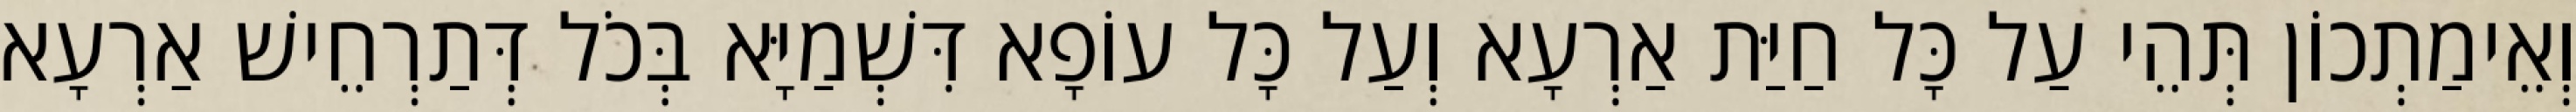
וְאֵימַתְכוֹן תְּהֵי עַל כָּל חַיַּת אַרְעָא וְעַל כָּל עוֹפָא דִּשְׁמַיָּא בְּכֹל דְּתַרְחֵישׁ אַרְעָא